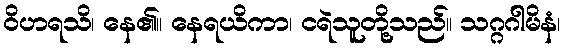
ဝိဟရသိ၊ နေ၏။ နေရယိကာ၊ ငရဲသူတို့သည်။ သဂ္ဂဂါမိနံ၊